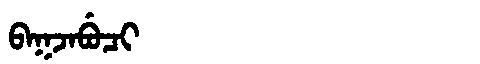
Manchu: ᠪᠠᡴᠵᠠᠪᡠᠴᡳ
Romanization: BAKJABUCI